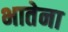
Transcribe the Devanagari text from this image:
भातेना